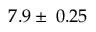
7 . 9 \pm \: 0 . 2 5